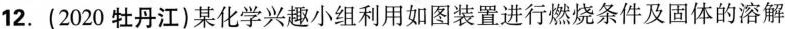
12.(2020牡丹江)某化学兴趣小组利用如图装置进行燃烧条件及固体的溶解